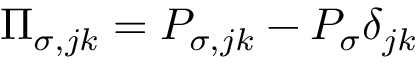
\Pi _ { \sigma , j k } = P _ { \sigma , j k } - { \cal P } _ { \sigma } \delta _ { j k }